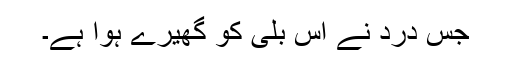
جس درد نے اُس بلی کو گھیرے ہوا ہے۔